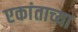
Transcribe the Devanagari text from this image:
एकांताच्या